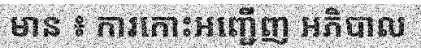
មាន ៖ ការកោះអញ្ជើញ អភិបាល